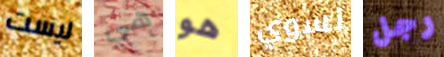
ليست هي هو نسوي رجل